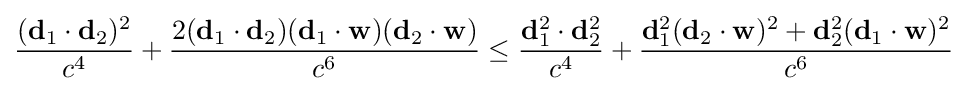
{\frac {(\mathbf {d} _{1}\cdot \mathbf {d} _{2})^{2}}{c^{4}}}+{\frac {2(\mathbf {d} _{1}\cdot \mathbf {d} _{2})(\mathbf {d} _{1}\cdot \mathbf {w} )(\mathbf {d} _{2}\cdot \mathbf {w} )}{c^{6}}}\leq {\frac {\mathbf {d} _{1}^{2}\cdot \mathbf {d} _{2}^{2}}{c^{4}}}+{\frac {\mathbf {d} _{1}^{2}(\mathbf {d} _{2}\cdot \mathbf {w} )^{2}+\mathbf {d} _{2}^{2}(\mathbf {d} _{1}\cdot \mathbf {w} )^{2}}{c^{6}}}